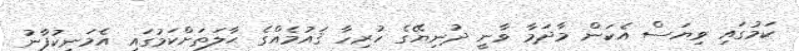
ކަމުގައި ވިޔަސް އެކަން މާދަމާ ވާނީ ދުނިޔޭގެ ހުރިހާ ޤައުމެއްގެ ޙާލަތަށްކަމުގައި އެމަނިކުފާނު